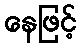
နေဖြင့်